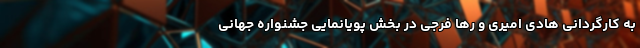
به کارگردانی هادی امیری و رها فرجی در بخش پویانمایی جشنواره جهانی